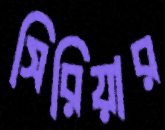
সিরিয়ার